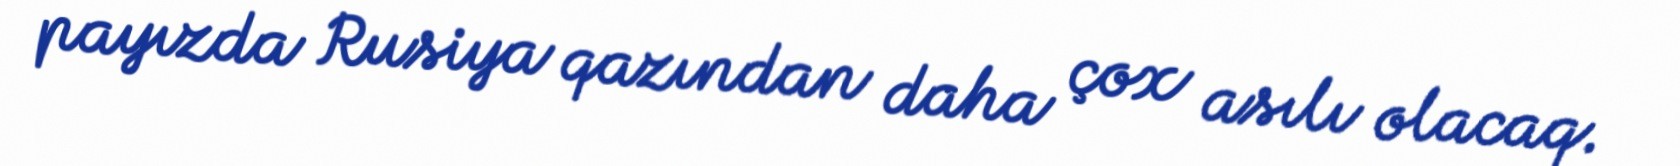
payızda Rusiya qazından daha çox asılı olacaq.